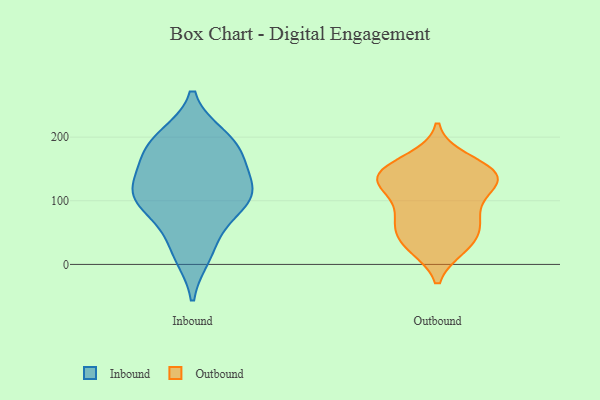
{"axis": {"x": "Net Income (USD K)", "y": "Value"}, "legend": ["Inbound", "Outbound"], "data": [{"x": "", "y": 67, "type": "Inbound"}, {"x": "", "y": 15, "type": "Inbound"}, {"x": "", "y": 147, "type": "Inbound"}, {"x": "", "y": 114, "type": "Inbound"}, {"x": "", "y": 24, "type": "Inbound"}, {"x": "", "y": 111, "type": "Inbound"}, {"x": "", "y": 198, "type": "Inbound"}, {"x": "", "y": 200, "type": "Inbound"}, {"x": "", "y": 119, "type": "Inbound"}, {"x": "", "y": 181, "type": "Inbound"}, {"x": "", "y": 107, "type": "Inbound"}, {"x": "", "y": 100, "type": "Inbound"}, {"x": "", "y": 183, "type": "Inbound"}, {"x": "", "y": 166, "type": "Inbound"}, {"x": "", "y": 98, "type": "Inbound"}, {"x": "", "y": 134, "type": "Outbound"}, {"x": "", "y": 28, "type": "Outbound"}, {"x": "", "y": 93, "type": "Outbound"}, {"x": "", "y": 133, "type": "Outbound"}, {"x": "", "y": 78, "type": "Outbound"}, {"x": "", "y": 152, "type": "Outbound"}, {"x": "", "y": 148, "type": "Outbound"}, {"x": "", "y": 142, "type": "Outbound"}, {"x": "", "y": 33, "type": "Outbound"}, {"x": "", "y": 165, "type": "Outbound"}, {"x": "", "y": 123, "type": "Outbound"}, {"x": "", "y": 73, "type": "Outbound"}, {"x": "", "y": 27, "type": "Outbound"}, {"x": "", "y": 57, "type": "Outbound"}, {"x": "", "y": 131, "type": "Outbound"}, {"x": "", "y": 57, "type": "Outbound"}, {"x": "", "y": 128, "type": "Outbound"}]}